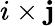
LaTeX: i\times\mathbf{j}